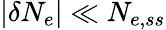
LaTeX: |\delta N_{e}|\ll N_{e,ss}